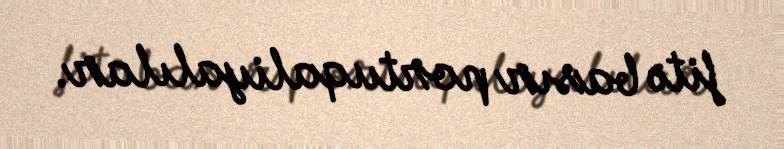
fitə basır portuqaliyalılar.